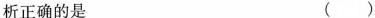
析正确的是 ()